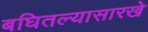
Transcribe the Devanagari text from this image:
बघितल्यासारखे